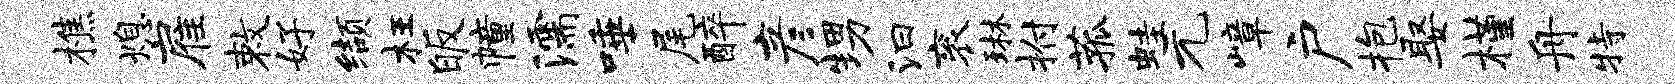
樵熄雇敕好缬枉皈幢濡唾尾醉彦甥汩衮琳拊菰蛙元嶂户抱娶槿舟特